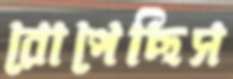
রোপেছিস